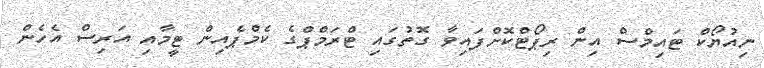
ނިއުޔޯކް ޓައިމްސް އިން ރިޕޯޓްކޮށްފައިވާ ގޮތުގައި ޓްރަމްޕްގެ ކެމްޕެއިން ޓީމާއި އަރިސް އެހެން